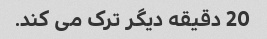
20 دقیقه دیگر ترک می کند.